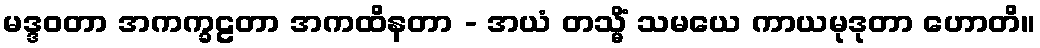
မဒ္ဒဝတာ အကက္ခဠတာ အကထိနတာ - အယံ တသ္မိံ သမယေ ကာယမုဒုတာ ဟောတိ။